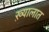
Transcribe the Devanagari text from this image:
ख़्यालात